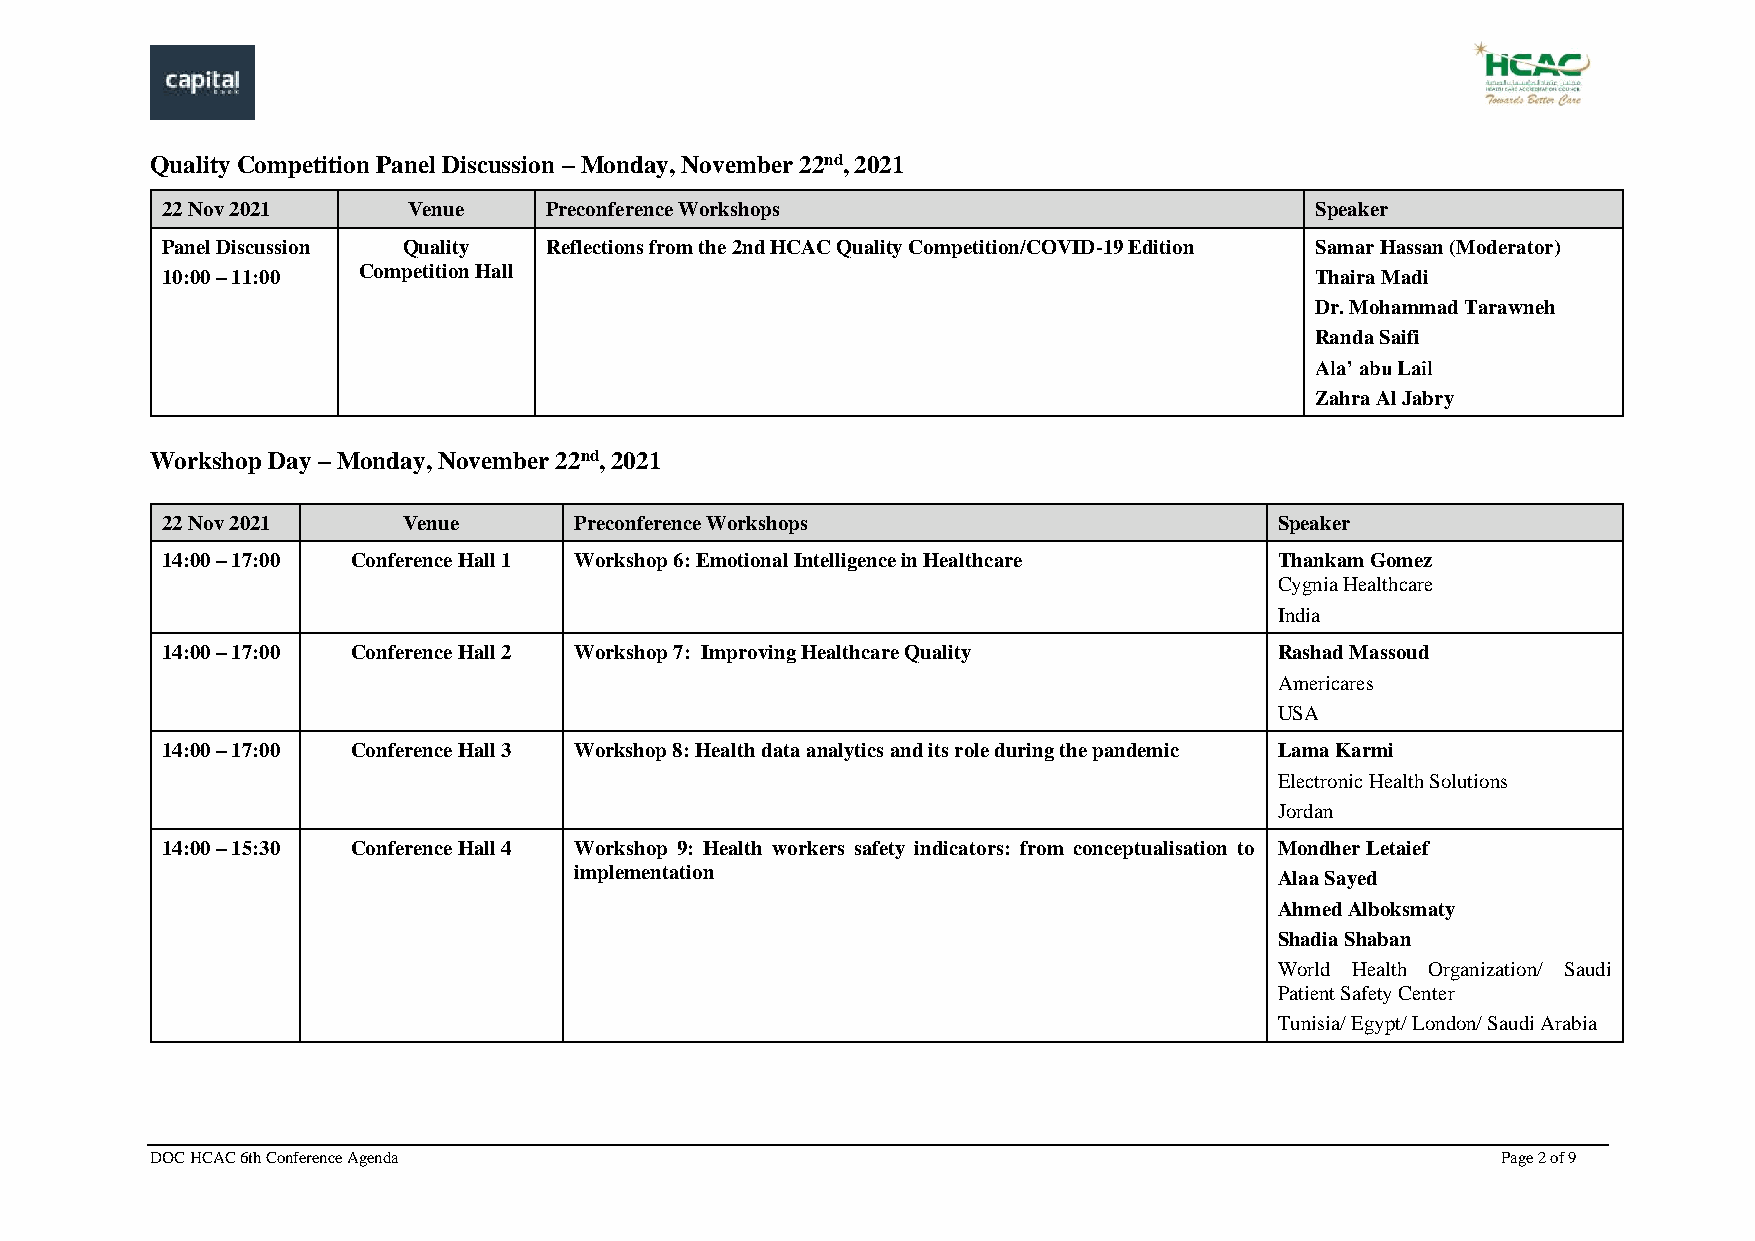
Quality Competition Panel Discussion – Monday, November 22nd, 2021
 22 Nov 2021     Venue    Preconference Workshops                            Speaker
 Panel Discussion Quality Reflections from the 2nd HCAC Quality Competition/COVID-19 Edition Samar Hassan (Moderator)
 10:00 – 11:00 Competition Hall                                              Thaira Madi
 Dr. Mohammad Tarawneh
 Randa Saifi
 Ala’ abu Lail
 Zahra Al Jabry
 Workshop Day – Monday, November 22nd, 2021
 22 Nov 2021     Venue      Preconference Workshops                        Speaker
 14:00 – 17:00 Conference Hall 1 Workshop 6: Emotional Intelligence in Healthcare Thankam Gomez
 Cygnia Healthcare
 India
 14:00 – 17:00 Conference Hall 2 Workshop 7: Improving Healthcare Quality  Rashad Massoud
 Americares
 USA
 14:00 – 17:00 Conference Hall 3 Workshop 8: Health data analytics and its role during the pandemic Lama Karmi
 Electronic Health Solutions
 Jordan
 14:00 – 15:30 Conference Hall 4 Workshop 9: Health workers safety indicators: from conceptualisation to Mondher Letaief
 implementation                                 Alaa Sayed
 Ahmed Alboksmaty
 Shadia Shaban
 World Health Organization/ Saudi
 Patient Safety Center
 Tunisia/ Egypt/ London/ Saudi Arabia
 DOC HCAC 6th Conference Agenda                                                           Page 2 of 9